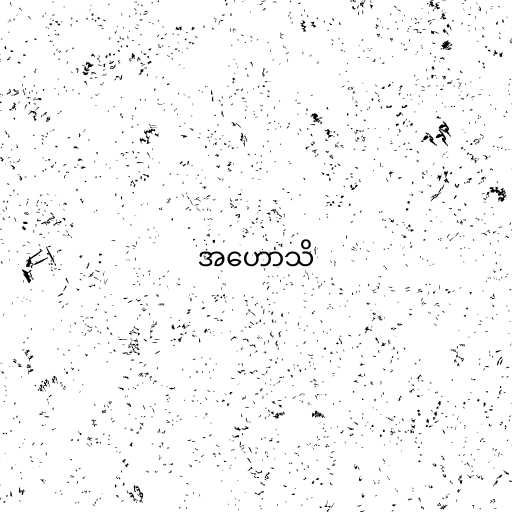
အဟောသိ